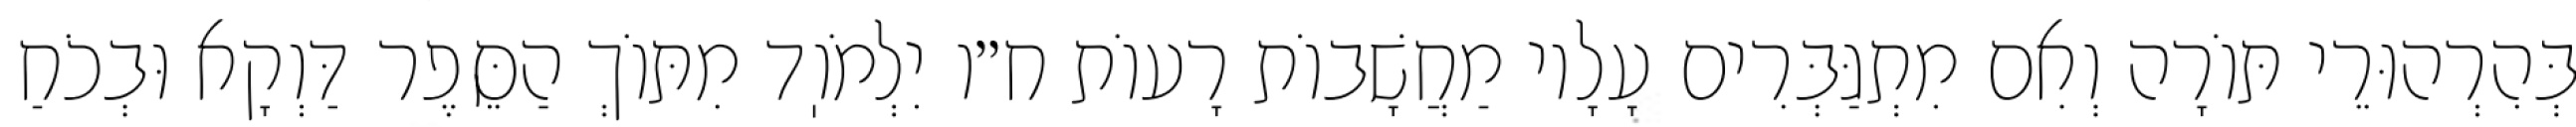
בְּהִרְהוּרֵי תּוֹרָה וְאִם מִתְגַּבְּרִים עָלָיו מַחֲשָׁבוֹת רָעוֹת ח״ו יִלְמֹוֽד מִתּוֹךְ הַסֵּפֶר דַּוְקָא וּבְכֹחַ